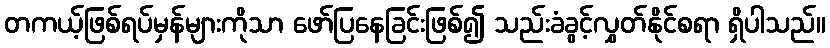
တကယ့်ဖြစ်ရပ်မှန်များကိုသာ ဖော်ပြနေခြင်းဖြစ်၍ သည်းခံခွင့်လွှတ်နိုင်စရာ ရှိပါသည်။